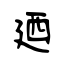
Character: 廼